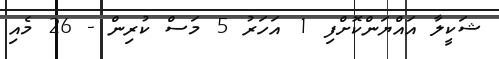
ޝަކީލާ އައްޔަންކޮށްފި 1 އަހަރު 5 މަސް ކުރިން - 26 މެއި